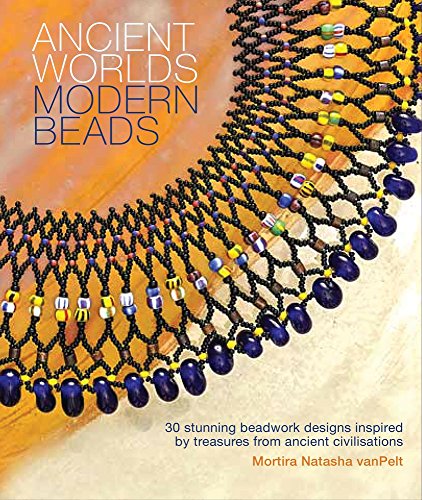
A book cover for Ancient Worlds Modern Beads: 30 Stunning Beadwork Designs Inspired by Treasures from Ancient Civilizations; Mortira Natasha van Pelt; Crafts, Hobbies & Home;